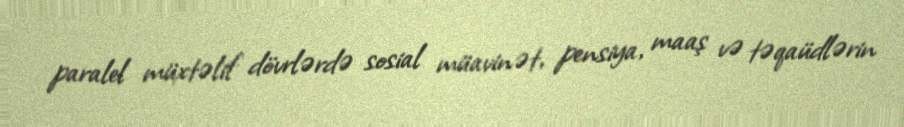
paralel müxtəlif dövrlərdə sosial müavinət, pensiya, maaş və təqaüdlərin